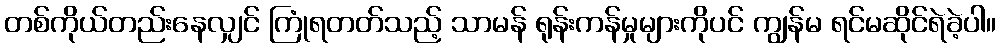
တစ်ကိုယ်တည်းနေလျှင် ကြုံရတတ်သည့် သာမန် ရုန်းကန်မှုများကိုပင် ကျွန်မ ရင်မဆိုင်ရဲခဲ့ပါ။